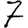
Digit: 7